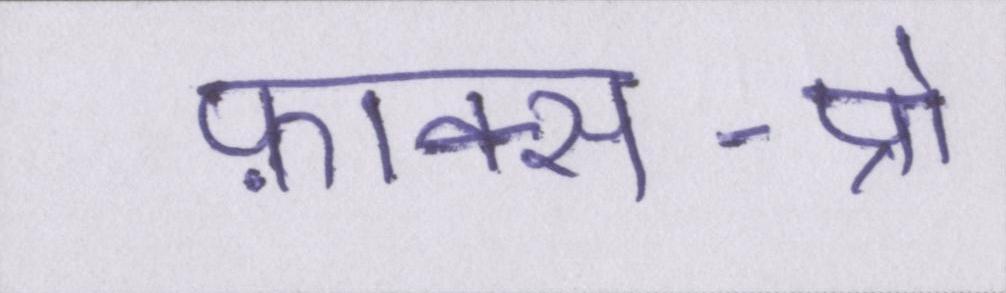
फ़ाक्स-प्रो